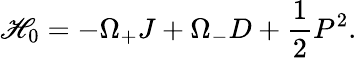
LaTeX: \mathscr{H}_{0}=-\Omega_{+}J+\Omega_{-}D+\frac{{1}}{{2}}P^{2}.